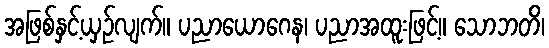
အဖြစ်နှင့်ယှဉ်လျက်။ ပညာယောဂေန၊ ပညာအထူးဖြင့်။ သောဘတိ၊